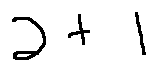
2 + 1